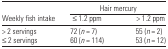
<table><thead><tr><td></td><td colspan="2"><b>Hair mercury</b></td></tr><tr><td><b>Weekly fish intake</b></td><td><b>≤1.2 ppm</b></td><td><b>&gt; 1.2 ppm</b></td></tr></thead><tbody><tr><td>&gt; 2 servings</td><td>72 (n = 7)</td><td>55 (n = 2)</td></tr><tr><td>≤2 servings</td><td>60 (n = 114)</td><td>53 (n = 12)</td></tr></tbody></table>